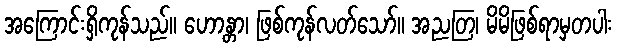
အကြောင်းရှိကုန်သည်။ ဟောန္တာ၊ ဖြစ်ကုန်လတ်သော်။ အညတြ၊ မိမိဖြစ်ရာမှတပါး